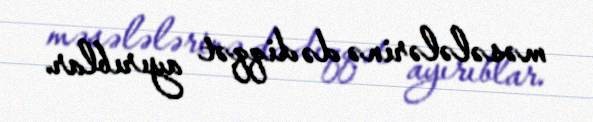
məsələlərinə də diqqət ayırıblar.